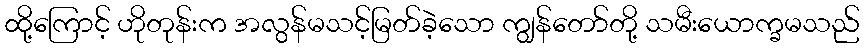
ထို့ကြောင့် ဟိုတုန်းက အလွန်မသင့်မြတ်ခဲ့သော ကျွန်တော်တို့ သမီးယောက္ခမသည်